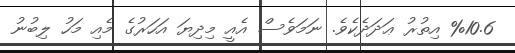
%10.6 އިތުރު ޢަދަދެކެވެ. ނަމަވެސް އެއީ މިދިޔަ އަހަރުގެ މެއި މަހު ލިބުނު